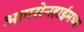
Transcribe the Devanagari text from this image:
आयसेनहाईमच्या